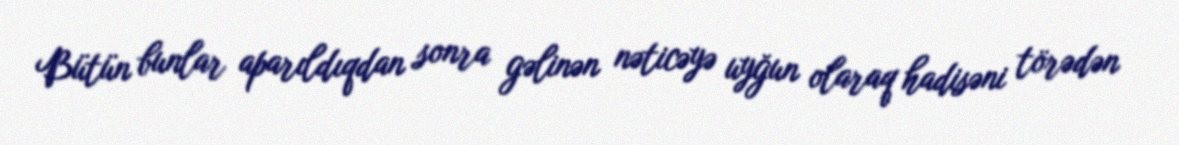
Bütün bunlar aparıldıqdan sonra gəlinən nəticəyə uyğun olaraq hadisəni törədən